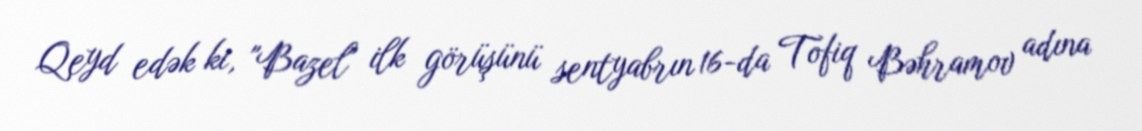
Qeyd edək ki, "Bazel" ilk görüşünü sentyabrın 16-da Tofiq Bəhramov adına